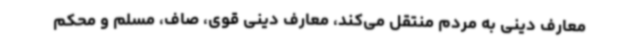
معارف دینی به مردم منتقل می‌کند، معارف دینی قوی، صاف، مسلم و محکم